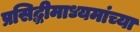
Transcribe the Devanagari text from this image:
प्रसिद्धीमाध्यमांच्या